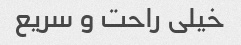
خیلی راحت و سریع